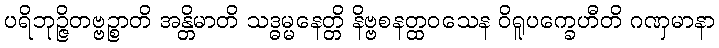
ပရိဘုဉ္ဇိတဗ္ဗဉ္စာတိ အန္တိမာတိ သဒ္ဓမ္မနေတ္တိ နိဗ္ဗစနတ္ထဝသေန ဝိရူပက္ခေဟီတိ ဂဏှမာနာ